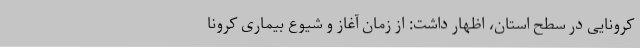
کرونایی در سطح استان، اظهار داشت: از زمان آغاز و شیوع بیماری کرونا